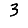
Digit: 3